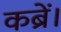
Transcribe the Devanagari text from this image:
कब्रें।